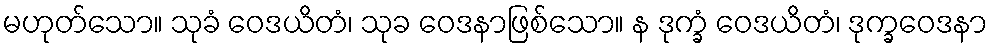
မဟုတ်သော။ သုခံ ဝေဒယိတံ၊ သုခ ဝေဒနာဖြစ်သော။ န ဒုက္ခံ ဝေဒယိတံ၊ ဒုက္ခဝေဒနာ